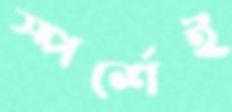
স্পর্শেই